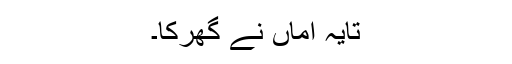
تایہ اماں نے گھرکا۔